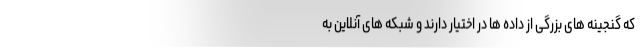
که گنجینه های بزرگی از داده ها در اختیار دارند و شبکه های آنلاین به